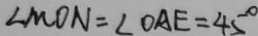
\angle M O N = \angle O A E = 4 5 ^ { \circ }